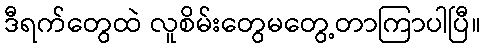
ဒီရက်တွေထဲ လူစိမ်းတွေမတွေ့တာကြာပါပြီ။